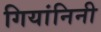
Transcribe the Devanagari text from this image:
गियांनिनी